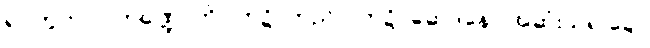
ရုပ်တွက်။ ။ ကဏ္ဍောကို “ကဍိ”တည်၊ “ကဍိ=ဆေဒနေ” အဆုံးသရ ချေ,